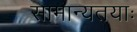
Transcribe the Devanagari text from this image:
सामान्यतयाः